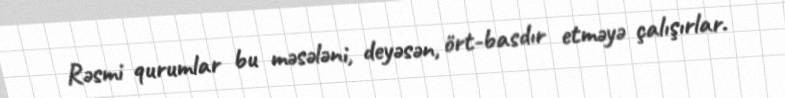
Rəsmi qurumlar bu məsələni, deyəsən, ört-basdır etməyə çalışırlar.